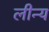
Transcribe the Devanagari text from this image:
लीन्य